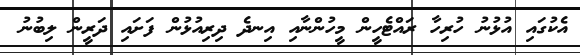
އެކުގައި އުޅުނު ހުރިހާ ރައްޓެހީން މީހުންނާއި އިނދެ ދިރިއުޅުން ފަށައި ދަރީން ލިބުނު